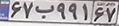
۶۷ب۹۹۱۶۷